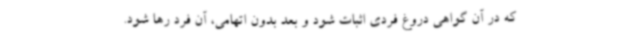
که در آن گواهی دروغ فردی اثبات شود و بعد بدون اتهامی، آن فرد رها شود.